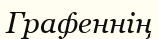
Графеннің